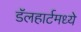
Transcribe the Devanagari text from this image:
डॅलहार्टमध्ये